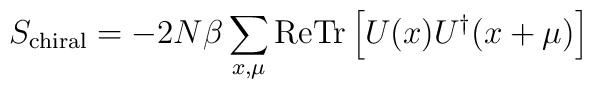
S_{\rm chiral}=-2N\beta\sum_{x,\mu} {\rm Re}{\rm Tr}\left[ U(x) U^\dagger(x+\mu)\right]